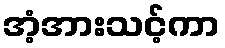
အံ့အားသင့်ကာ